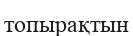
топырақтын